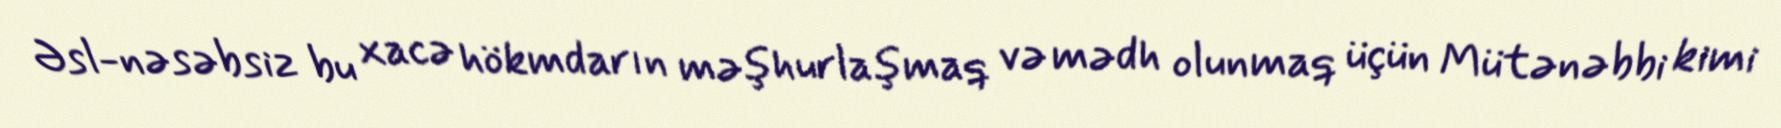
Əsl-nəsəbsiz bu xacə hökmdarın məşhurlaşmaq və mədh olunmaq üçün Mütənəbbi kimi